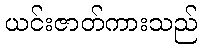
ယင်းဇာတ်ကားသည်